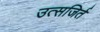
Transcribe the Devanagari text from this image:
उत्सजिर्त